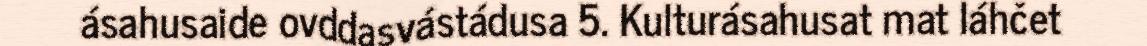
ásahusaide ovddasvástádusa 5. Kulturásahusat mat láhčet